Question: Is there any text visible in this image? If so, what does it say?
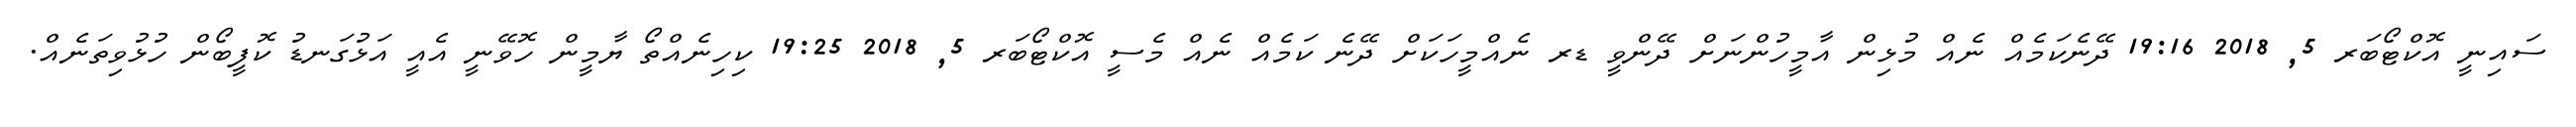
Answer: ސައިނީ އޮކްޓޯބަރ 5, 2018 19:16 ދޭނެކަމެއް ނެއް މުޅިން އާމީހުންނަށް ދޭންވީ ޑރ ނެއްމީހަކަށް ދޭނެ ކަމެއް ނެއް މެސީ އޮކްޓޯބަރ 5, 2018 19:25 ކިހިނެއްތޯ ޔާމީން ހޮވޭނީ އެއީ އަޅުގަނޑު ކޮފީބޯން ހުޅުވިތަނެއް.